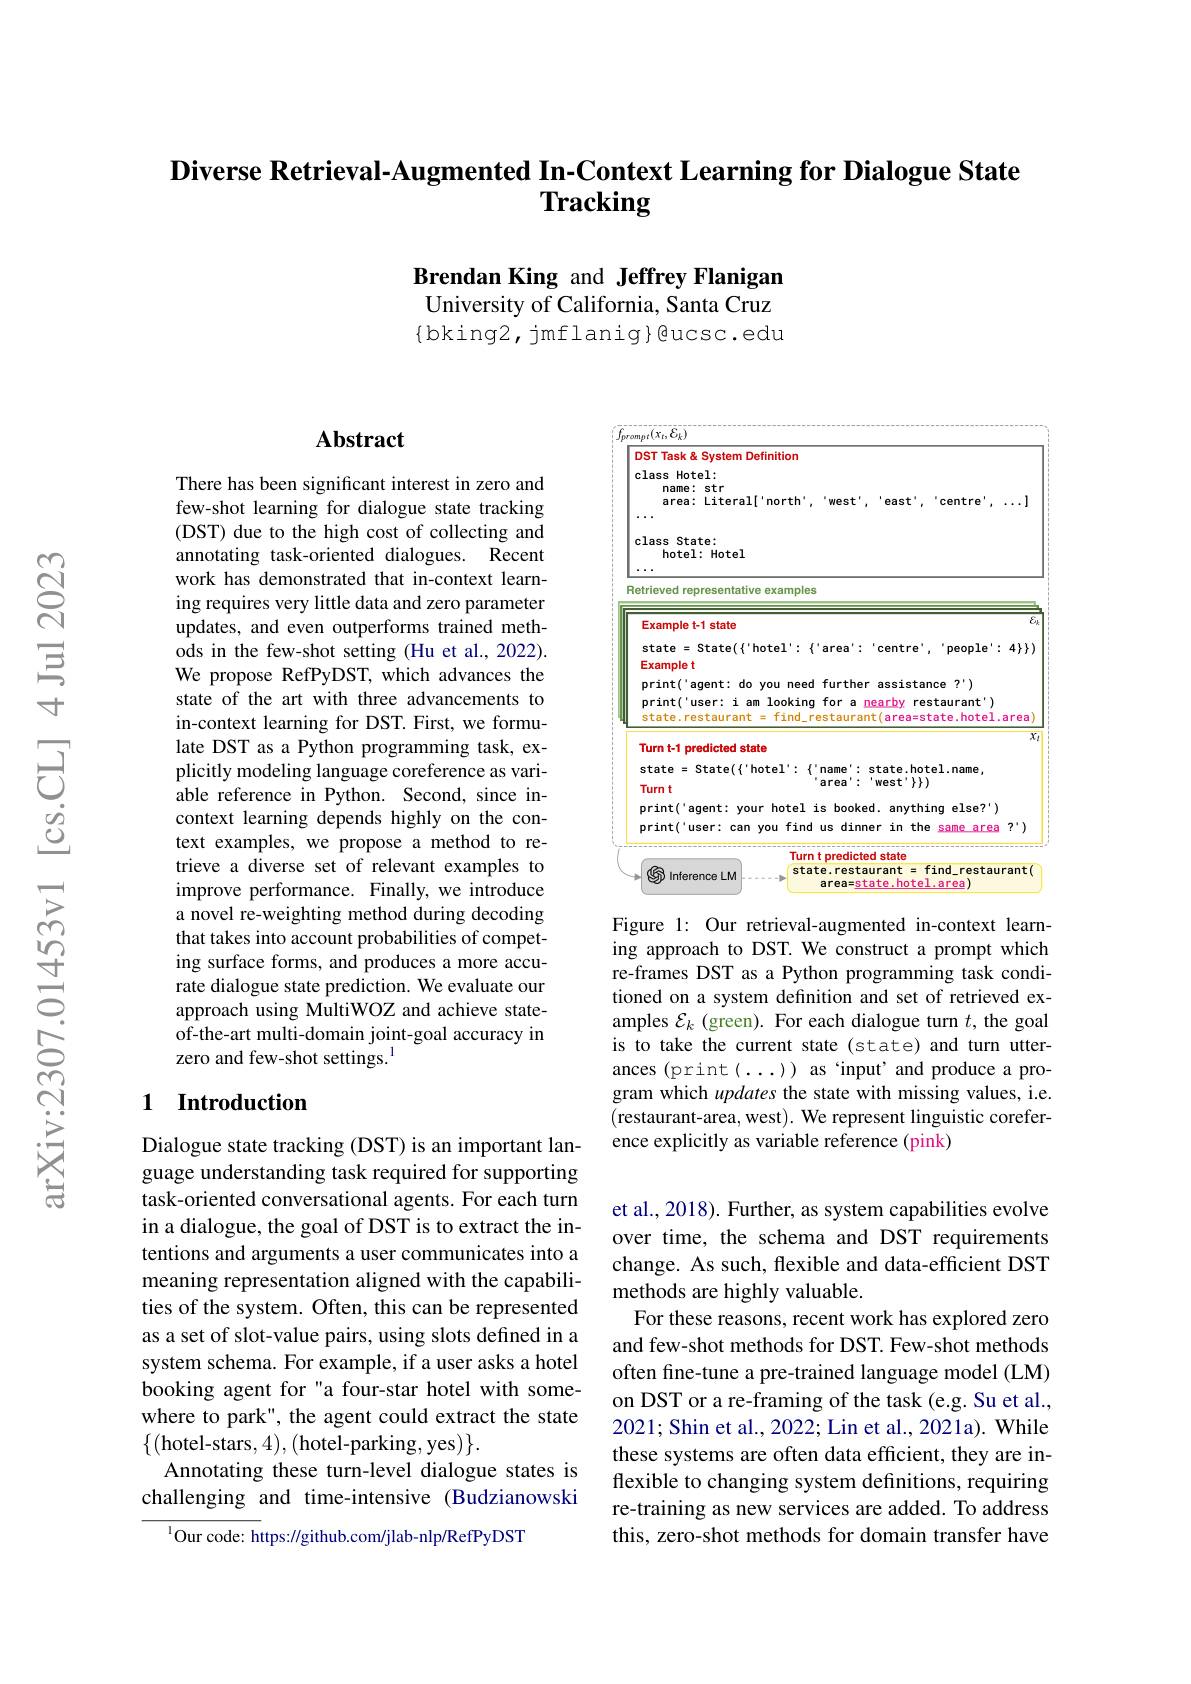
Diverse Retrieval-Augmented In-Context Learning for Dialogue State
# Tracking

Brendan King and Jeffrey Flanigan University of California, Santa Cruz $\{$bking2,jmflanig}@ucsc.edu

## Abstract

There has been significant interest in zero and few-shot learning for dialogue state tracking (DST) due to the high cost of collecting and annotating task-oriented dialogues. Recent work has demonstrated that in-context learning requires very little data and zero parameter updates, and even outperforms trained methods in the few-shot setting (Hu et al., 2022). We propose RefPyDST, which advances the state of the art with three advancements to in-context learning for DST. First, we formulate DST as a Python programming task, explicitly modeling language coreference as variable reference in Python. Second, since incontext learning depends highly on the context examples, we propose a method to retrieve a diverse set of relevant examples to improve performance. Finally, we introduce a novel re-weighting method during decoding that takes into account probabilities of competing surface forms, and produces a more accurate dialogue state prediction. We evaluate our approach using MultiWOZ and achieve stateof-the-art multi-domain joint-goal accuracy in zero and few-shot settings.$^{1}$

### 1 Introduction

Dialogue state tracking (DST) is an important language understanding task required for supporting task-oriented conversational agents. For each turn in a dialogue, the goal of DST is to extract the intentions and arguments a user communicates into a meaning representation aligned with the capabilities of the system. Often, this can be represented as a set of slot-value pairs, using slots defined in a system schema. For example, if a user asks a hotel booking agent for "a four-star hotel with somewhere to park", the agent could extract the state $\{($hotel-stars,4),(hotel-parking,yes$)\}.$
Annotating these turn-level dialogue states is challenging and time-intensive (Budzianowski
$^{1}$Our code: https://github.com/jlab-nlp/RefPyDST

<FigureHere>

Figure 1: Our retrieval-augmented in-context learning approach to DST. We construct a prompt which re-frames DST as a Python programming task conditioned on a system definition and set of retrieved examples $\mathcal{E}_k$ (green). For each dialogue turn $t$, the goal is to take the current state (state) and turn utterances (print(...)) as 'input' and produce a program which updates the state with missing values, i.e. (restaurant-area,west).We represent linguistic coreference explicitly as variable reference (pink)

et al., 2018). Further, as system capabilities evolve over time, the schema and DST requirements change. As such, flexible and data-efficient DST methods are highly valuable.
For these reasons, recent work has explored zero and few-shot methods for DST. Few-shot methods often fine-tune a pre-trained language model (LM) on DST or a re-framing of the task (e.g. Su et al., 2021; Shin et al., 2022; Lin et al., 2021a). While these systems are often data efficient, they are inflexible to changing system definitions, requiring re-training as new services are added. To address this, zero-shot methods for domain transfer have